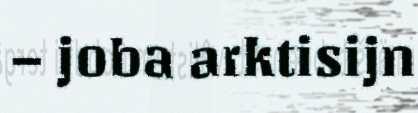
– joba arktisijn